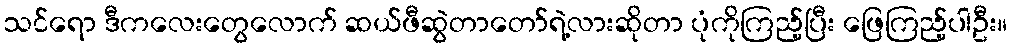
သင်ရော ဒီကလေးတွေလောက် ဆယ်ဖီဆွဲတာတော်ရဲ့လားဆိုတာ ပုံကိုကြည့်ပြီး ဖြေကြည့်ပါဦး။